Insane asylums in Bengal annual reports 1867-1875 - 1867-1875
Year: 1867
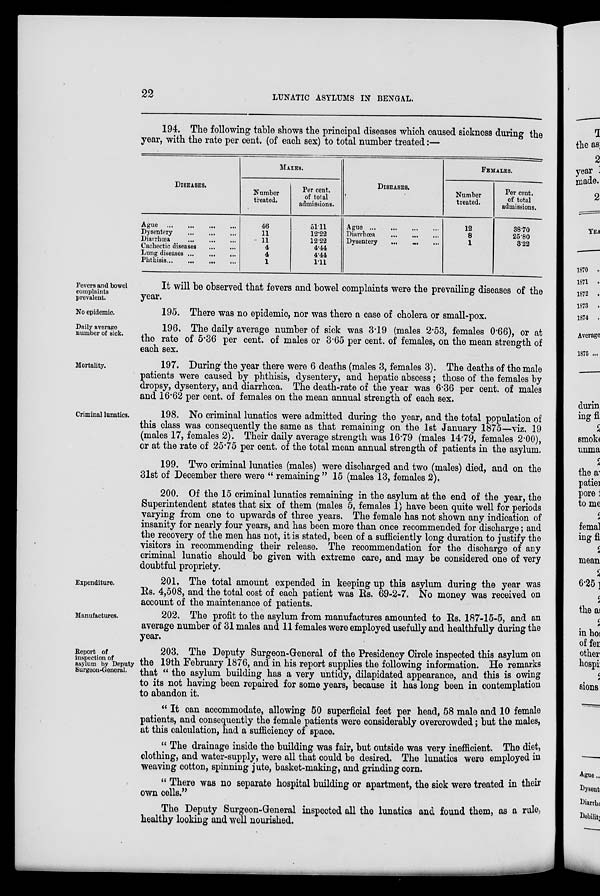
22
LUNATIC ASYLUMS IN BENGAL.
194. The following table shows the principal diseases which caused sickness during the
year, with the rate per cent. (of each sex) to total number treated:—
DISEASES.
Ague
...
...
...
...
Dysentery
...
...
...
Diarrhœa
...
...
...
Cachectic diseases
...
...
Lung diseases ... ... ...
Phthisis
...
...
...
...
MALES.
Number
treated.
46
11
11
4
4
1
Per cent.
of total
admissions.
51.11
12.22
12.22
4.44
4.44
1.11
DISEASES.
Ague
...
...
...
...
Diarrhœa
...
...
...
Dysentery
...
...
...
FEMALES.
Number
treated.
12
8
1
Per cent.
of total
admissions.
38.70
25.80
3.22
Fevers and bowel
complaints
prevalent.
It will be observed that fevers and bowel complaints were the prevailing diseases of the
year.
No epidemic.
195. There was no epidemic, nor was there a case of cholera or small-pox.
Daily average
number of sick.
196. The daily average number of sick was 3.19 (males 2.53, females 0.66), or at
the rate of 5.36 per cent. of males or 3.65 per cent. of females, on the mean strength of
each sex.
Mortality.
197. During the year there were 6 deaths (males 3, females 3). The deaths of the male
patients were caused by phthisis, dysentery, and hepatic abscess; those of the females by
dropsy, dysentery, and diarrhœa. The death-rate of the year was 6.36 per cent. of males
and 16.62 per cent. of females on the mean annual strength of each sex.
Criminal lunatics.
198. No criminal lunatics were admitted during the year, and the total population of
this class was consequently the same as that remaining on the 1st January 1875—viz. 19
(males 17, females 2). Their daily average strength was 16.79 (males 14.9, females 2.00),
or at the rate of 25.75 per cent. of the total mean annual strength of patients in the asylum.
199. Two criminal lunatics (males) were discharged and two (males) died, and on the
31st of December there were " remaining" 15 (males 13, females 2).
200. Of the 15 criminal lunatics remaining in the asylum at the end of the year, the
Superintendent states that six of them (males 5, females 1) have been quite well for periods
varying from one to upwards of three years. The female has not shown any indication of
insanity for nearly four years, and has been more than once recommended for discharge; and
the recovery of the men has not, it is stated, been of a sufficiently long duration to justify the
visitors in recommending their release. The recommendation for the discharge of any
criminal lunatic should be given with extreme care, and may be considered one of very
doubtful propriety.
Expenditure.
201. The total amount expended in keeping up this asylum during the year was
Rs. 4,508, and the total cost of each patient was Rs. 69-2-7. No money was received on
account of the maintenance of patients.
Manufactures.
202. The profit to the asylum from manufactures amounted to Rs. 187-15-5, and an
average number of 31 males and 11 females were employed usefully and healthfully during the
year.
Report of
inspection of
asylum by Deputy
Surgeon-General.
203. The Deputy Surgeon-General of the Presidency Circle inspected this asylum on
the 19th February 1876, and in his report supplies the following information. He remarks
that " the asylum building has a very untidy, dilapidated appearance, and this is owing
to its not having been repaired for some years, because it has long been in contemplation
to abandon it.
" It can accommodate, allowing 50 superficial feet per head, 58 male and 10 female
patients, and consequently the female patients were considerably overcrowded; but the males,
at this calculation, had a sufficiency of space.
" The drainage inside the building was fair, but outside was very inefficient. The diet,
clothing, and water-supply, were all that could be desired. The lunatics were employed in
weaving cotton, spinning jute, basket-making, and grinding corn.
" There was no separate hospital building or apartment, the sick were treated in their
own cells."
The Deputy Surgeon-General inspected all the lunatics and found them, as a rule,
healthy looking and well nourished.